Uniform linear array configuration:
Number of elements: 64
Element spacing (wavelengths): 0.25
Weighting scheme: uniform
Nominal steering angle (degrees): -60
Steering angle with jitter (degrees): -59.392
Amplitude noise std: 0.05
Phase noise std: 0.05

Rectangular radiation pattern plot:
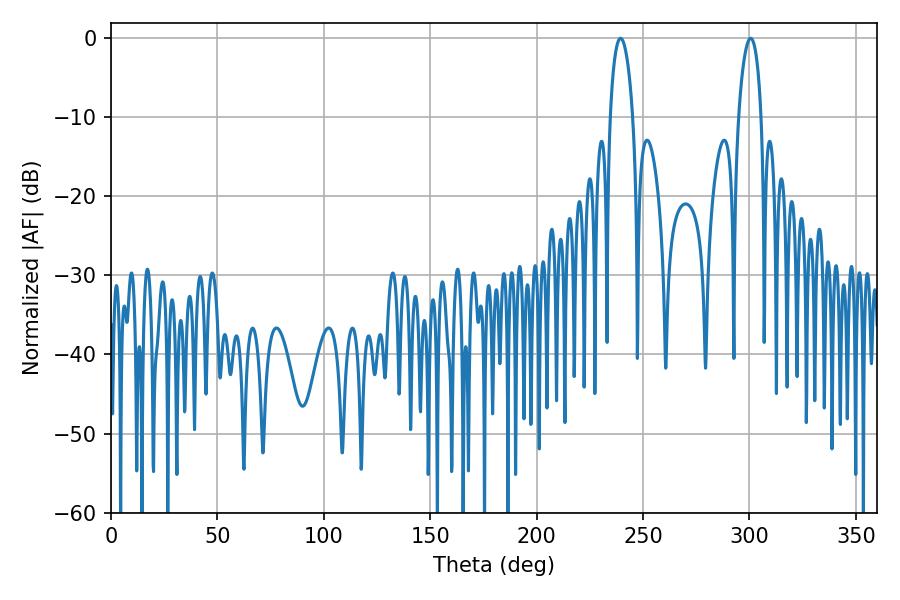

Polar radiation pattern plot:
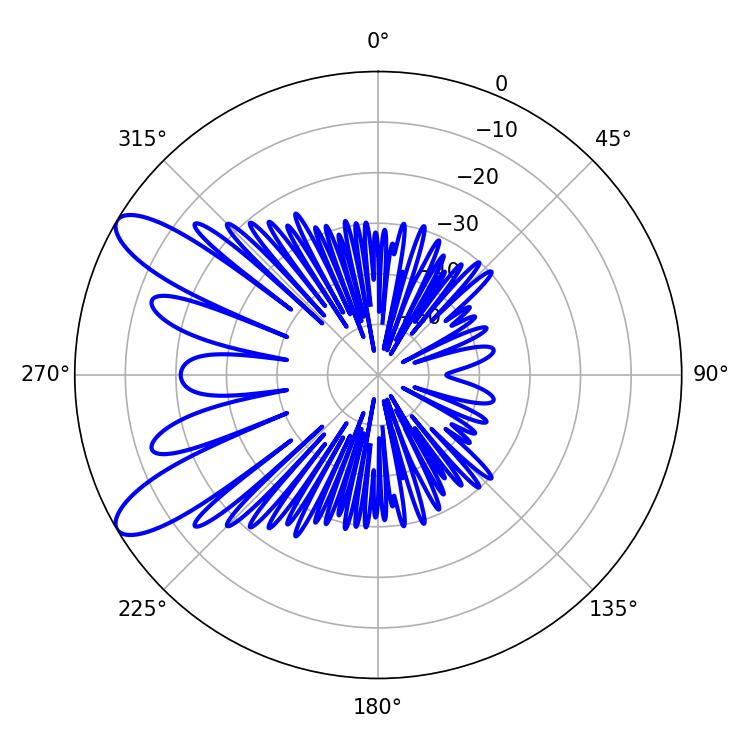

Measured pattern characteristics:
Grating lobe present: FALSE
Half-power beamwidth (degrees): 6.12
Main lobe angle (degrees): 239.4